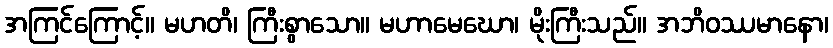
အကြင်ကြောင့်။ မဟတိ၊ ကြီးစွာသော။ မဟာမေဃော၊ မိုးကြီးသည်။ အဘိဝဿမာနော၊